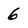
Character: 6